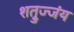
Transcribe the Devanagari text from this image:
शत्रुज्जंय